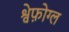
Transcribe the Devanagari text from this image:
श्वेफ़ोग्ल